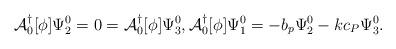
LaTeX: \begin{align*}\mathcal{A}_0^\dagger[\phi]\Psi_2^0 = 0 = \mathcal{A}_0^\dagger[\phi]\Psi_3^0, \mathcal{A}_0^\dagger[\phi]\Psi_1^0 = -b_p\Psi_2^0 - kc_P\Psi_3^0.\end{align*}